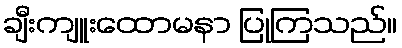
ချီးကျူးထောမနာ ပြုကြသည်။